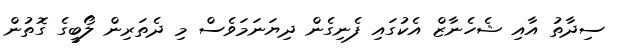
ސިދާތު އާއި ޝެހެނާޒް އެކުގައި ފެނިގެން ދިޔަނަމަވެސް މި ދެތަރިން ލޯބީގެ ގޮތުން